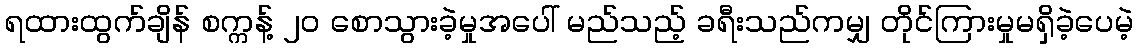
ရထားထွက်ချိန် စက္ကန့် ၂၀ စောသွားခဲ့မှုအပေါ် မည်သည့် ခရီးသည်ကမျှ တိုင်ကြားမှုမရှိခဲ့ပေမဲ့